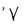
Character: V